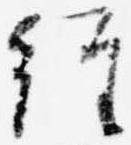
経